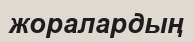
жоралардың